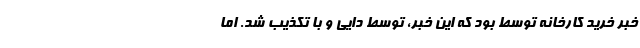
خبر خرید کارخانه توسط بود که این خبر، توسط دایی و با تکذیب شد. اما